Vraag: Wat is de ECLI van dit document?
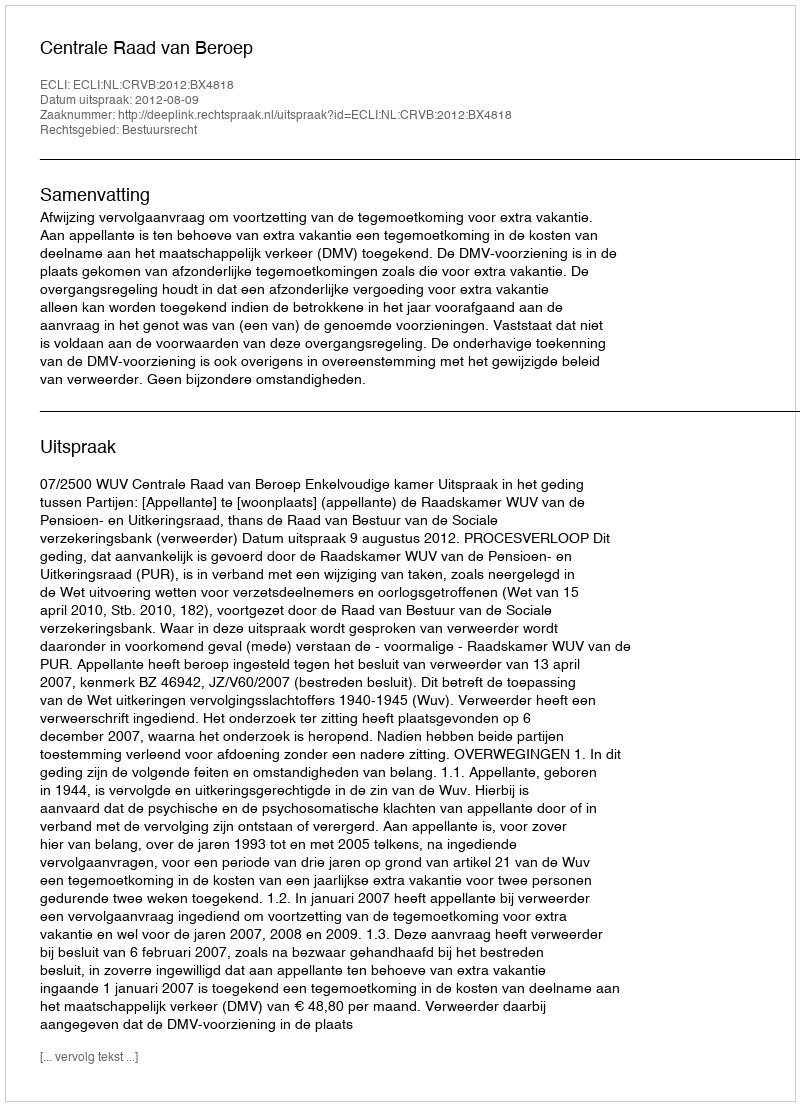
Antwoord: ECLI:NL:CRVB:2012:BX4818